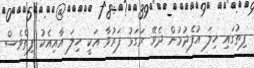
ފިތުގައި ހިލަ އުފެދުމުން ދެވޭ ރަގަޅު ފަރުވާ އަކީ ހިލަ އާއިއެކު ފިތްވެސް